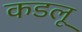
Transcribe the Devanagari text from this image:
कडलू